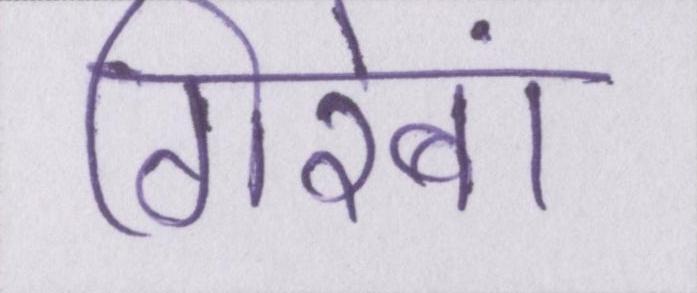
गिरेबां